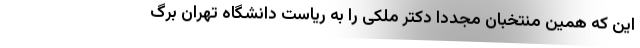
این که همین منتخبان مجددا دکتر ملکی را به ریاست دانشگاه تهران برگ